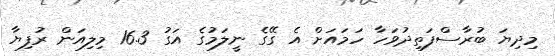
މިދިޔަ ބުރާސްފަތިދުވަހާ ހަމައަށް އެ ގޭގެ ނީލަމުގެ އަގު 16.3 މިލިއަން ރުފިޔާ